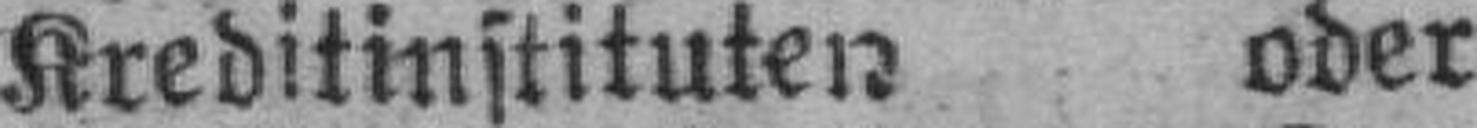
Kreditinstituten oder